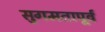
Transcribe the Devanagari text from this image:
सुगमतापूर्व